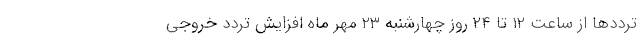
ترددها از ساعت ۱۲ تا ۲۴ روز چهارشنبه ۲۳ مهر ماه افزایش تردد خروجی